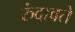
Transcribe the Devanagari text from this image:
रुंदावते